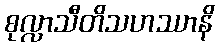
စုလ္လာသီတိသဟဿာနိ